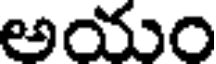
అయం